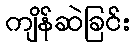
ကျိန်ဆဲခြင်း